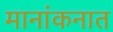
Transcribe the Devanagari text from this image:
मानांकनात